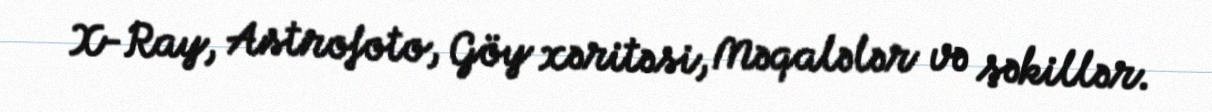
X-Ray, Astrofoto, Göy xəritəsi, Məqalələr və şəkillər.